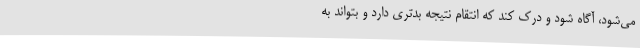
می‌شود، آگاه شود و درک کند که انتقام نتیجه بدتری دارد و بتواند به